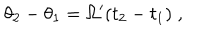
\theta _ { 2 } - \theta _ { 1 } = \Omega ^ { \prime } ( t _ { 2 } - t _ { 1 } ) \; ,